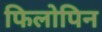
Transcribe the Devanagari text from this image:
फिलोपिन